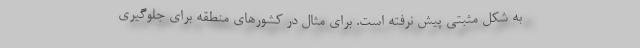
به شکل مثبتی پیش نرفته است. برای مثال در کشورهای منطقه برای جلوگیری